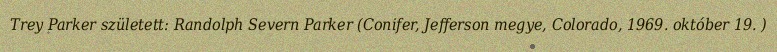
Trey Parker született: Randolph Severn Parker (Conifer, Jefferson megye, Colorado, 1969. október 19. )